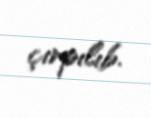
çırpılıb.